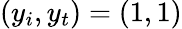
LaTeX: (y_{i},y_{t})=(1,1)